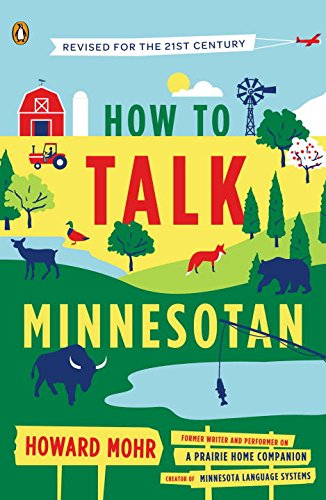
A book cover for How to Talk Minnesotan: Revised for the 21st Century; Howard Mohr; Humor & Entertainment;